Vaccine operations Central Provinces 1886-1899 - 1886-1899
Year: 1886
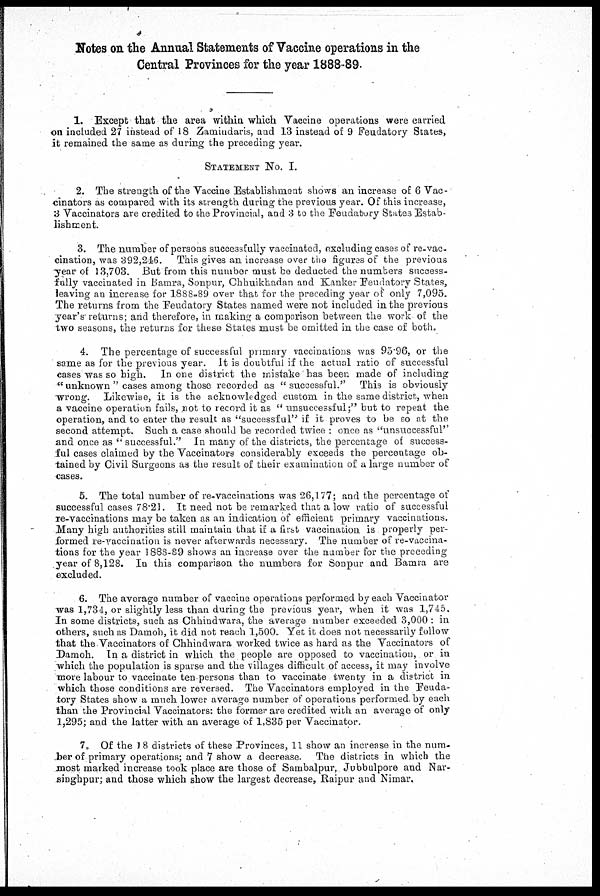
Notes on the Annual Statements of Vaccine operations in the
Central Provinces for the year 1888-89.
1. Except that the area within which Vaccine operations were carried
on included 27 instead of 18 Zamindaris, and 13 instead of 9 Feudatory States,
it remained the same as during the preceding year.
STATEMENT No. I.
2. The strength of the Vaccine Establishment shows an increase of 6 Vac-
cinators as compared with its strength during the previous year. Of this increase,
3 Vaccinators are credited to the Provincial, and 3 to the Feudatory States Estab-
lishment.
3. The number of persons successfully vaccinated, excluding cases of re-vac-
cination, was 392,246. This gives an increase over the figures of the previous
year of 13,703. But from this number must be deducted the numbers success-
fully vaccinated in Bamra, Sonpur, Chhuikhadan and Kanker Feudatory States,
leaving an increase for 1888-89 over that for the preceding year of only 7,095.
The returns from the Feudatory States named were not included in the previous
year's returns; and therefore, in making a comparison between the work of the
two seasons, the returns for these States must be omitted in the case of both.
4. The percentage of successful primary vaccinations was 95.96, or the
same as for the previous year. It is doubtful if the actual ratio of successful
cases was so high. In one district the mistake has been made of including
" unknown " cases among those recorded as "successful." This is obviously
wrong. Likewise, it is the acknowledged custom in the same district, when
a vaccine operation fails, not to record it as " unsuccessful;" but to repeat the
operation, and to enter the result as "successful" if it proves to be so at the
second attempt. Such a case should be recorded twice : once as "unsuccessful''
and once as " successful." In many of the districts, the percentage of success-
ful cases claimed by the Vaccinators considerably exceeds the percentage ob-
tained by Civil Surgeons as the result of their examination of a large number of
cases.
5. The total number of re-vaccinations was 26,177; and the percentage of
successful cases 78.21. It need not be remarked that a low ratio of successful
re-vaccinations may be taken as an indication of efficient primary vaccinations.
Many high authorities still maintain that if a first vaccination is properly per-
formed re-vaccination is never afterwards necessary. The number of re-vaccina-
tions for the year 1888-89 shows an increase over the number for the preceding
year of 8,128. In this comparison the numbers for Sonpur and Bamra are
excluded.
6. The average number of vaccine operations performed by each Vaccinator
was 1,734, or slightly less than during the previous year, when it was 1,745.
In some districts, such as Chhindwara, the average number exceeded 3,000 : in
others, such as Damoh, it did not reach 1,500. Yet it does not necessarily follow
that the Vaccinators of Chhindwara worked twice as hard as the Vaccinators of
Damoh. In a district in which the people are opposed to vaccination, or in
which the population is sparse and the villages difficult of access, it may involve
more labour to vaccinate ten persons than to vaccinate twenty in a district in
which those conditions are reversed. The Vaccinators employed in the Feuda-
tory States show a much lower average number of operations performed by each
than the Provincial Vaccinators: the former are credited with an average of only
1,295; and the latter with an average of 1,835 per Vaccinator.
7. Of the 18 districts of these Provinces, 11 show an increase in the num-
ber of primary operations; and 7 show a decrease. The districts in which the
most marked increase took place are those of Sambalpur, Jubbulpore and Nar¬
singhpur; and those which show the largest decrease, Raipur and Nimar.